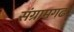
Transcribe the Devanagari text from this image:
संग्रामगढ